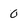
Character: 0